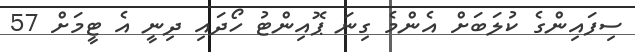
ސިފައިންގެ ކުލަބަށް އެންމެ ގިނަ ޕޮއިންޓު ހޯދައި ދިނީ އެ ޓީމަށް 57